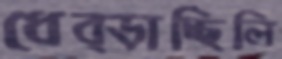
ধেব্‌ড়াচ্ছিলি